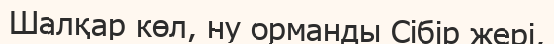
Шалқар көл, ну орманды Сібір жері,